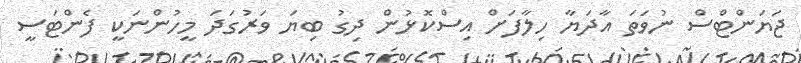
ޖަޔަންޓްސް ނުވަތަ އާދަޔާ ހިލާފަށް އިސްކޮޅުން ދިގު ބިޔަ ވަރުގަދަ މީހުންނަކީ ފެންޓަސީ